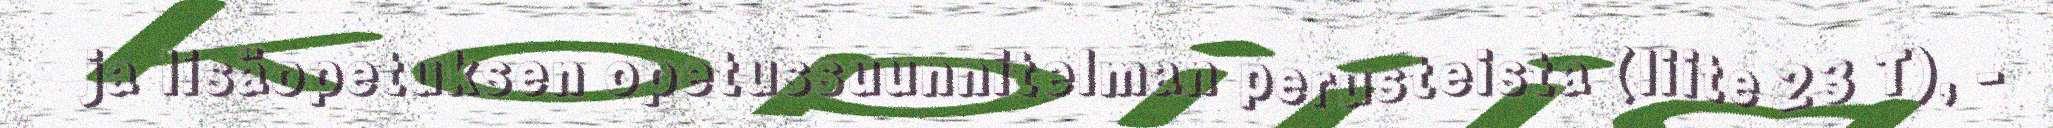
ja lisäopetuksen opetussuunnitelman perusteista (liite 23 T), -